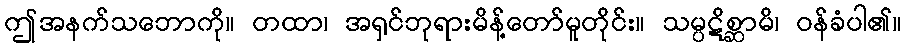
ဤအနက်သဘောကို။ တထာ၊ အရှင်ဘုရားမိန့်တော်မူတိုင်း။ သမ္ပဋိစ္ဆာမိ၊ ဝန်ခံပါ၏။